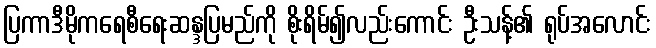
ပြကာဒီမိုကရေစီရေးဆန္ဒပြမည်ကို စိုးရိမ်၍လည်းကောင်း ဦးသန့်၏ ရုပ်အလောင်း